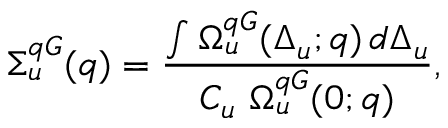
\Sigma _ { u } ^ { q G } ( q ) = \frac { \int \Omega _ { u } ^ { q G } ( \Delta _ { u } ; q ) \, d \Delta _ { u } } { C _ { u } \ \Omega _ { u } ^ { q G } ( 0 ; q ) } ,